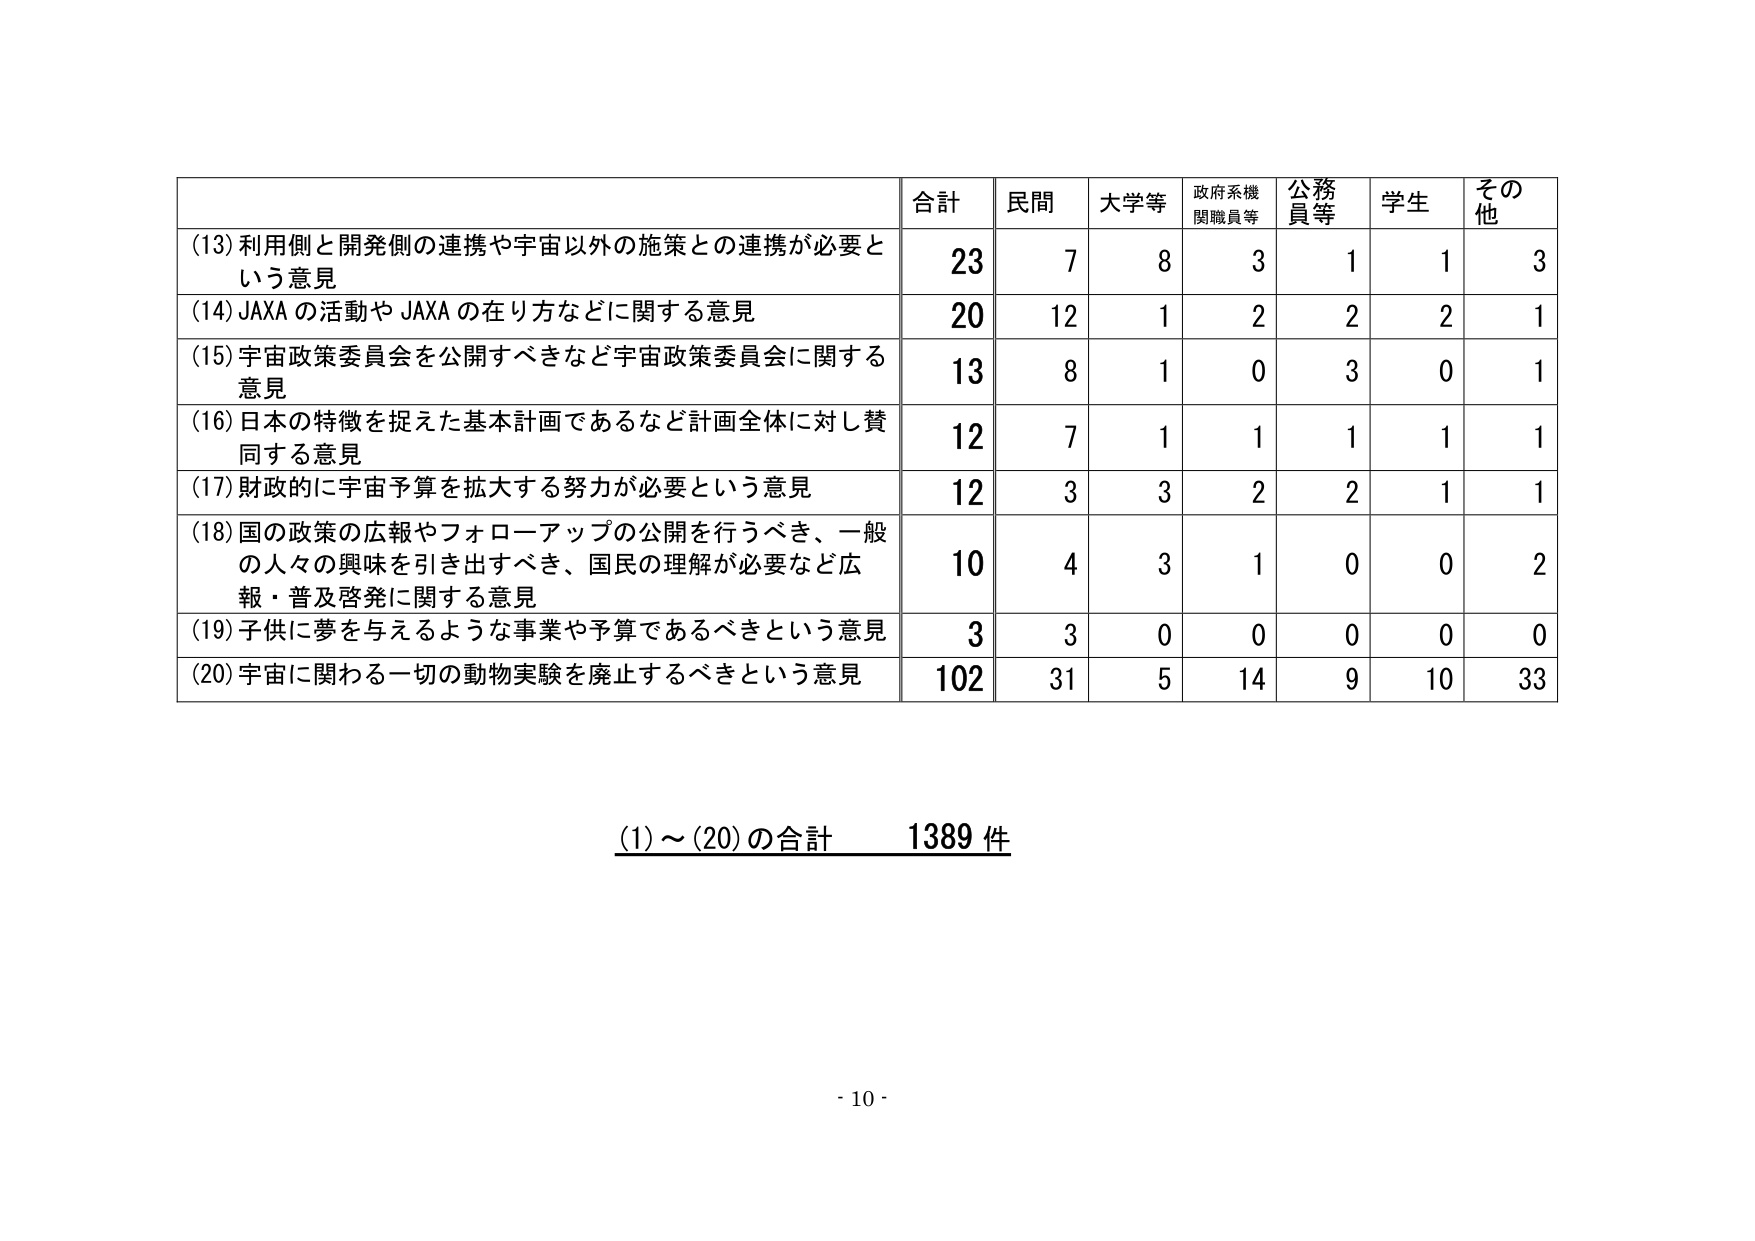
(13) 利用側と開発側の連携や宇宙以外の施策との連携が必要という意見
(14) JAXA の活動や JAXA の在り方などに関する意見
(15) 宇宙政策委員会を公開すべきなど宇宙政策委員会に関する意見
(16) 日本の特徴を捉えた基本計画であるなど計画全体に対し賛同する意見
(17) 財政的に宇宙予算を拡大する努力が必要という意見
(18) 国の政策の広報やフォローアップの公開を行うべき、一般の人々の興味を引き出すべき、国民の理解が必要など広報・普及啓発に関する意見
(19) 子供に夢を与えるような事業や予算であるべきという意見
(20) 宇宙に関わる一切の動物実験を廃止するべきという意見

合計
民間
大学等
政府系機関職員等
公務員等
学生
その他

23
7
8
3
1
1
3

20
12
1
2
2
2
1

13
8
1
0
3
0
1

12
7
1
1
1
1
1

12
3
3
2
2
1
1

10
4
3
1
0
0
2

3
3
0
0
0
0
0

102
31
5
14
9
10
33

(1)～(20)の合計　1389 件

- 10 -